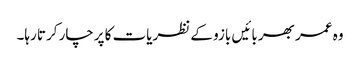
وہ عمر بھر بائیں بازو کے نظریات کا پرچار کرتا رہا۔